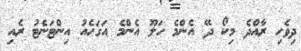
ދިވެހި ރާއްދެ މިކޯ ދޭ އެންމެ ހަލޫ އެންމެ އަގަހެއު އިންޓަނެޓު ރެއި